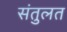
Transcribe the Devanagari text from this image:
संतुलत